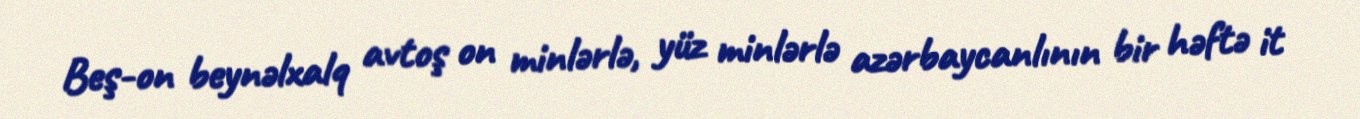
Beş-on beynəlxalq avtoş on minlərlə, yüz minlərlə azərbaycanlının bir həftə it